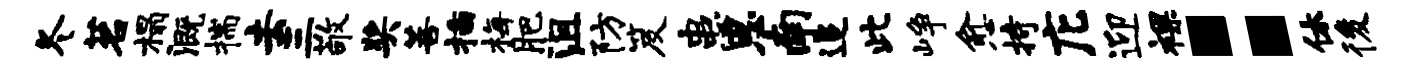
冬茗榻溉揣去三敬奖菩插梅肥沮防笈患恩南追此峥愈持庀迎裸：休後